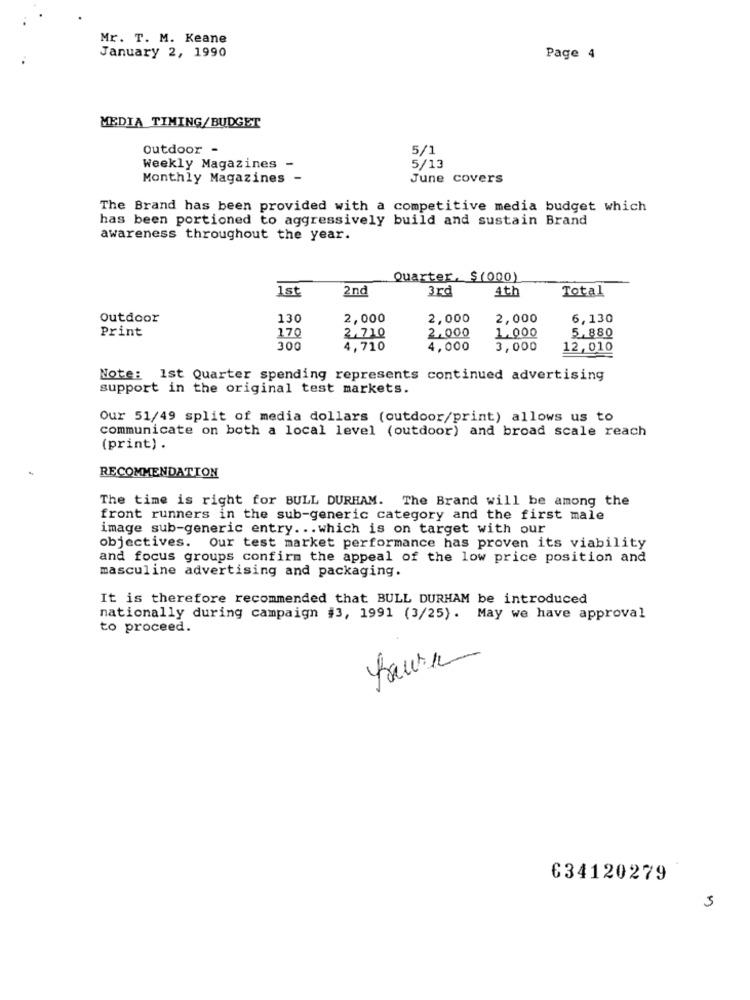
Mr. T. M. Keane
January 2, 1990
Page 4
MEDIA TIMING/BUDGET
Outdoor -
5/1
Weekly Magazines -
5/13
Monthly Magazines -
June covers
The Brand has been provided with a competitive media budget which
has been portioned to aggressively build and sustain Brand
awareness throughout the year.
Quarter, $(000)
1st
2nd
3rd
4th
Total
Outdoor
130
2,000
2,000
2,000
6,130
Print
170
1,000
5,880
2,710
2,000
300
4,710
4,000
3,000
12,010
Note: 1st Quarter spending represents continued advertising
support in the original test markets.
Our 51/49 split of media dollars (outdoor/print) allows us to
communicate on both a local level (outdoor) and broad scale reach
(print) .
RECOMMENDATION
The time is right for BULL DURHAM. The Brand will be among the
front runners in the sub-generic category and the first male
image sub-generic entry ... which is on target with our
objectives. Our test market performance has proven its viability
and focus groups confirm the appeal of the low price position and
masculine advertising and packaging.
It is therefore recommended that BULL DURHAM be introduced
nationally during campaign #3, 1991 (3/25). May we have approval
to proceed.
634120279
5